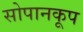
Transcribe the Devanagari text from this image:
सोपानकूप